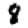
Digit: 8